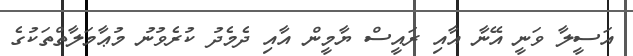
އަސީލާ ވަނީ އޭނާ އާއި ރައީސް ޔާމީން އާއި ދެމެދު ކުރެވުނު މުޢާމަލާތްތަކުގެ